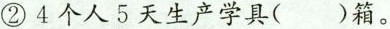
②4个人5天生产学具()箱。